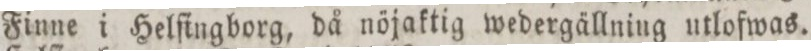
Finne i Helſingborg, då nöjaktig wedergällning utlofwas.